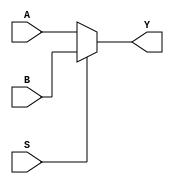
module MUX2_3B (A,B,S,Y);
    input [2:0] A,B;
    input S;
    output [2:0] Y;
    assign Y = (S)? B: A; 
endmodule